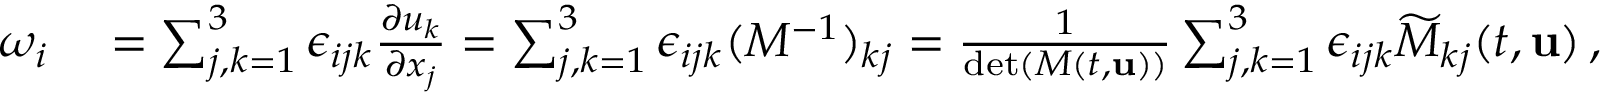
\begin{array} { r l } { \omega _ { i } } & { { } = \sum _ { j , k = 1 } ^ { 3 } \epsilon _ { i j k } \frac { \partial u _ { k } } { \partial x _ { j } } = \sum _ { j , k = 1 } ^ { 3 } \epsilon _ { i j k } ( M ^ { - 1 } ) _ { k j } = \frac { 1 } { \operatorname* { d e t } ( M ( t , { \mathbf { u } } ) ) } \sum _ { j , k = 1 } ^ { 3 } \epsilon _ { i j k } \widetilde { M } _ { k j } ( t , { \mathbf { u } } ) \, , \qquad i = 1 , 2 , 3 } \end{array}